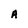
Character: A